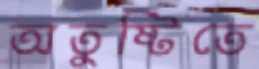
অতুষ্টিতে